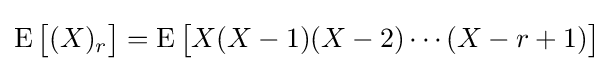
\operatorname {E} {\bigl [}(X)_{r}{\bigr ]}=\operatorname {E} {\bigl [}X(X-1)(X-2)\cdots (X-r+1){\bigr ]}